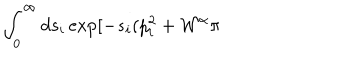
\int _ { 0 } ^ { \infty } d s _ { i } \exp [ - s _ { i } ( p _ { i } ^ { 2 } + { \cal W } ^ { \alpha } \pi